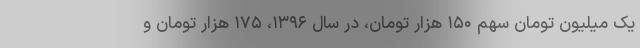
یک میلیون تومان سهم ۱۵۰ هزار تومان، در سال ۱۳۹۶، ۱۷۵ هزار تومان و